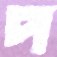
প